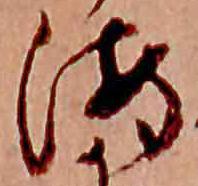
海